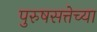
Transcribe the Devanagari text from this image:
पुरुषसत्तेच्या